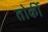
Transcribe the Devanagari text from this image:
तोर्की